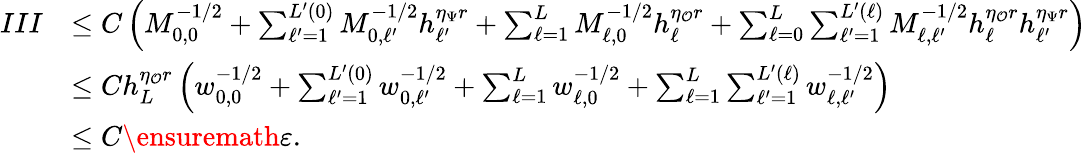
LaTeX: \begin{array}{rl}{III}&{\le C\left(M_{0,0}^{-1/2}+\sum_{\ell^{\prime}=1}^{L^{\prime}(0)}M_{0,\ell^{\prime}}^{-1/2}h_{\ell^{\prime}}^{\eta_{\Psi}r}+\sum_{\ell=1}^{L}M_{\ell,0}^{-1/2}h_{\ell}^{\eta_{\mathcal{O}}r}+\sum_{\ell=0}^{L}\sum_{\ell^{\prime}=1}^{L^{\prime}(\ell)}M_{\ell,\ell^{\prime}}^{-1/2}h_{\ell}^{\eta_{\mathcal{O}}r}h_{\ell^{\prime}}^{\eta_{\Psi}r}\right)}\\ &{\le Ch_{L}^{\eta_{\mathcal{O}}r}\left(w_{0,0}^{-1/2}+\sum_{\ell^{\prime}=1}^{L^{\prime}(0)}w_{0,\ell^{\prime}}^{-1/2}+\sum_{\ell=1}^{L}w_{\ell,0}^{-1/2}+\sum_{\ell=1}^{L}\sum_{\ell^{\prime}=1}^{L^{\prime}(\ell)}w_{\ell,\ell^{\prime}}^{-1/2}\right)}\\ &{\le C\ensuremath{\varepsilon}.}\end{array}